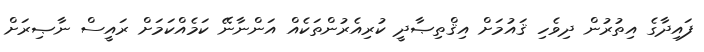
ފައިދާގެ އިތުރުން ދިވެހި ޤައުމަށް އިޤްތިޞާދީ ކުރިއެރުންތަކެއް އަންނާނޭ ކަމެއްކަމަށް ރައީސް ނާޞިރަށް